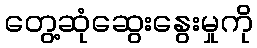
တွေ့ဆုံဆွေးနွေးမှုကို